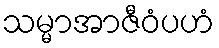
သမ္မာအာဇီဝံပဟံ